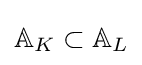
\mathbb {A} _{K}\subset \mathbb {A} _{L}